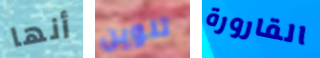
أنها تلوين القارورة